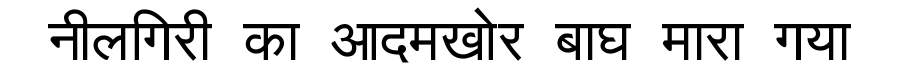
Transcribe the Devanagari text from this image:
नीलगिरी का आदमखोर बाघ मारा गया